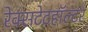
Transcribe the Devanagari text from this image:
रेक्सटेटहॉल्टर